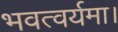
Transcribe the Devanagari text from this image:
भवत्वर्यमा।